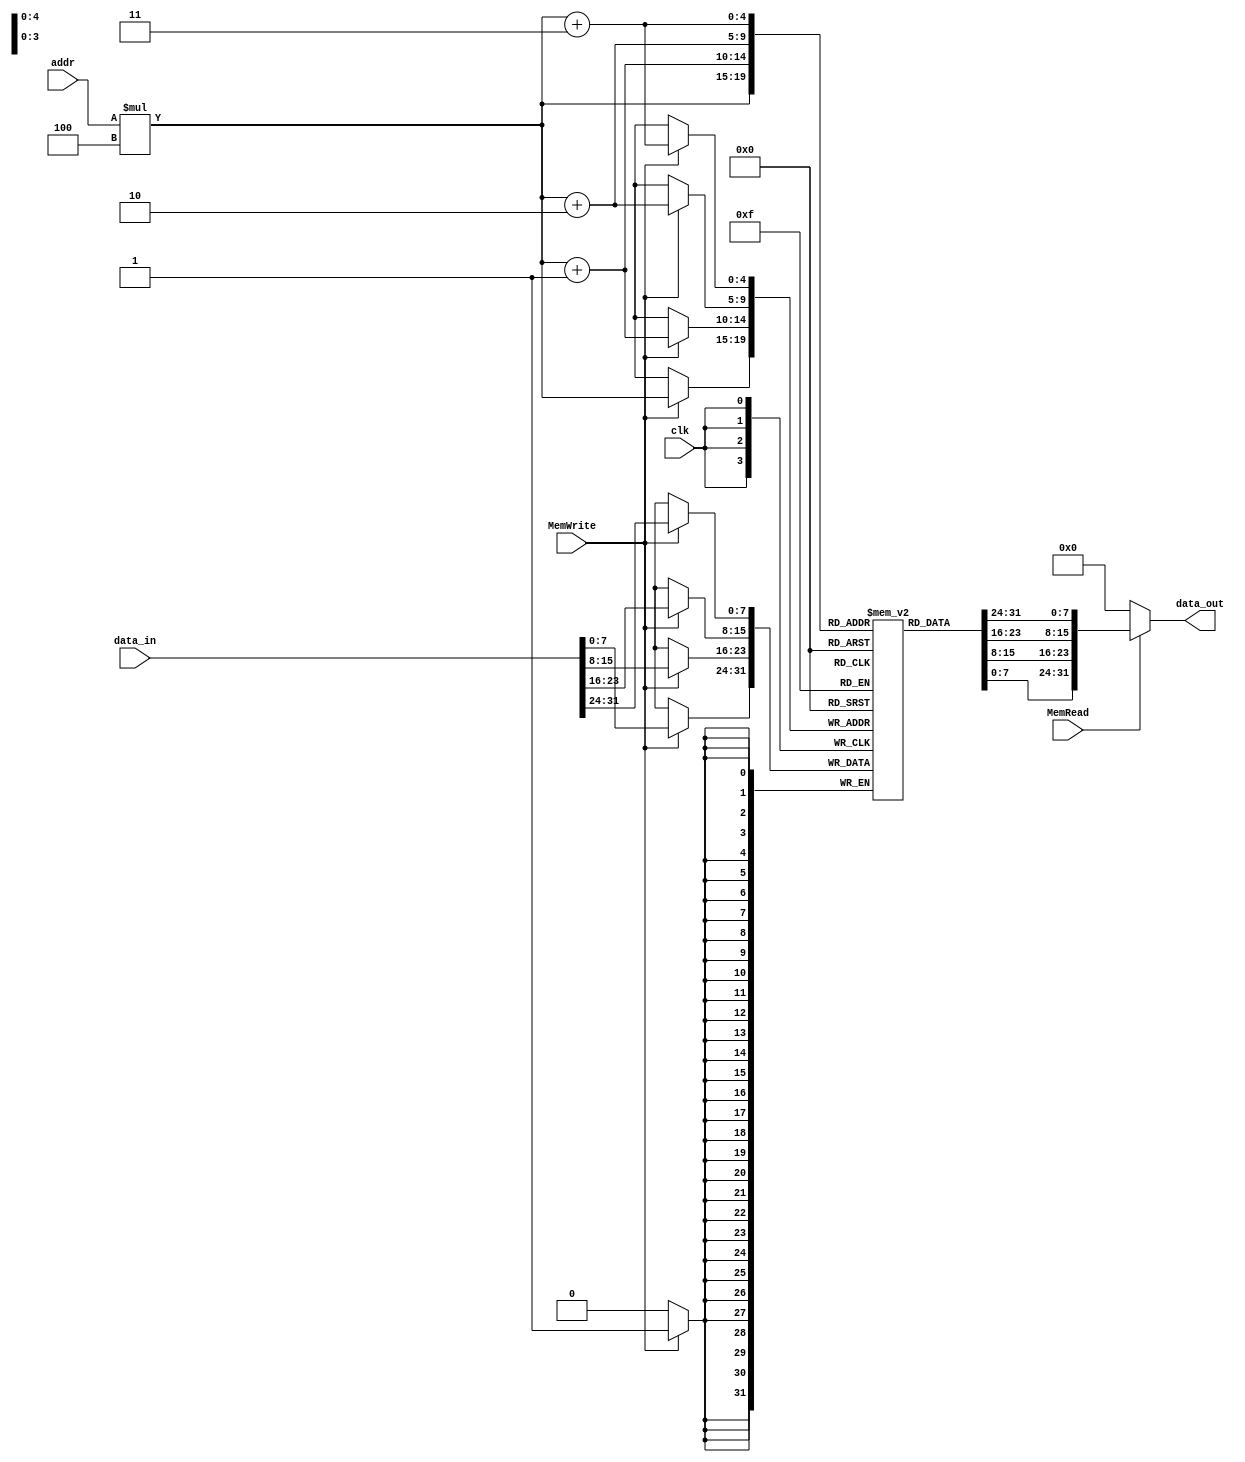
`timescale 1ns / 1ps
//////////////////////////////////////////////////////////////////////////////////
// Company: 
// Engineer: 
// 
// Design Name: 
// Module Name:    DataMemory 
// Project Name: 
// Target Devices: 
// Tool versions: 
// Description: 
//
// Dependencies: 
//
// Revision: 
// Revision 0.01 - File Created
// Additional Comments: 
//
//////////////////////////////////////////////////////////////////////////////////
module Data_Memory(
    clk,
    addr,
    data_in,
    MemRead,
    MemWrite,
    data_out,
	 
);

// Interface
input           clk;
input   [31:0]  addr;
input   [31:0]  data_in;
input           MemRead;
input           MemWrite;
output  [31:0]  data_out;

// Data memory is byte-addressable, data are byte-aligned
// Data memory with 32 Bytes
// Data address range: 0x00 ~ 0x1F
parameter MEM_SIZE=32;
integer i;
reg	    [7:0]   memory  [0:MEM_SIZE-1];

initial begin
// Initialize data memory
    for(i=0; i<32; i=i+1) begin
       memory[i] = 8'b0;
    end 

// Set Input n into data memory at 0x05
   memory[20] = 8'h14;       // n = 20 for example	 
end

// Write Data      
always @(posedge clk)
begin
    if (MemWrite)
    begin //Vidushi's modification *4
        memory[addr*4+3] <= data_in[31:24];
        memory[addr*4+2] <= data_in[23:16];
        memory[addr*4+1] <= data_in[15:8];
        memory[addr*4]   <= data_in[7:0];
    end
end

// Read Data      
assign  data_out = (MemRead) ? {memory[addr*4+3], memory[addr*4+2], memory[addr*4+1], memory[addr*4]} : 32'b0;
endmodule